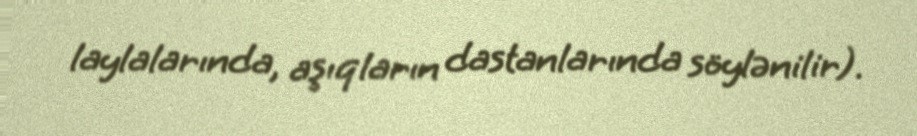
laylalarında, aşıqların dastanlarında söylənilir).